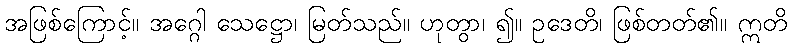
အဖြစ်ကြောင့်။ အဂ္ဂေါ သေဋ္ဌော၊ မြတ်သည်။ ဟုတွာ၊ ၍။ ဥဒေတိ၊ ဖြစ်တတ်၏။ ဣတိ